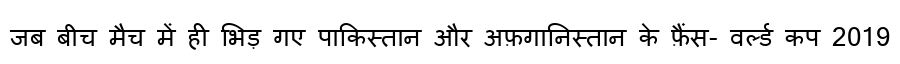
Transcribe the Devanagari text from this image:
जब बीच मैच में ही भिड़ गए पाकिस्तान और अफ़गानिस्तान के फ़ैंस- वर्ल्ड कप 2019